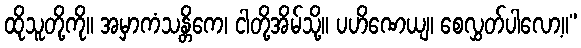
ထိုသူတို့ကို။ အမှာကံသန္တိကေ၊ ငါတို့အိမ်သို့။ ပဟိဏေယျ၊ စေလွှတ်ပါလော့။”